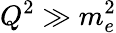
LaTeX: Q^{2}\gg m_{e}^{2}